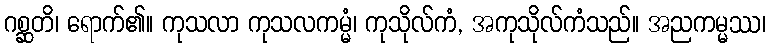
ဂစ္ဆတိ၊ ရောက်၏။ ကုသလာ ကုသလကမ္မံ၊ ကုသိုလ်ကံ, အကုသိုလ်ကံသည်။ အညကမ္မဿ၊